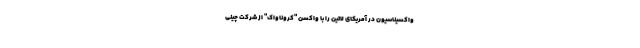
واکسیناسیون در آمریکای لاتین را با واکسن "کروناواک" از شرکت چینی